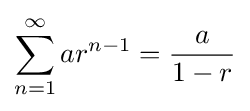
\sum _{n=1}^{\infty }ar^{n-1}={\frac {a}{1-r}}